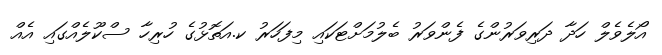
އޯލެވެލް ހަދާ ދަރިވަރުންގެ ފެންވަރު ބެލުމަށްޓަކައި މިފަހަރު ކ.އަތޮޅުގެ ހުރިހާ ސްކޫލެއްގައި އެއް